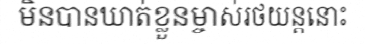
មិនបានឃាត់ខ្លួនម្ចាស់រថយន្តនោះ